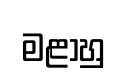
මළාහු